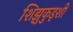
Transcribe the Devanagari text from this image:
शिझुकुइशी